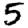
Digit: 5